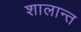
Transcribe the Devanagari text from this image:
शालान्‍त